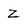
Character: Z